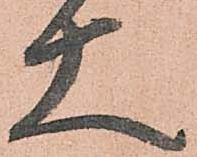
大